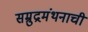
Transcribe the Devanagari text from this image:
सम्रुद्रमंथनाची